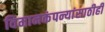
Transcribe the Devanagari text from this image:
विमानकंपन्यांसाठीही